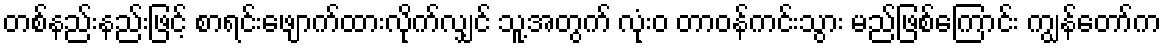
တစ်နည်းနည်းဖြင့် စာရင်းဖျောက်ထားလိုက်လျှင် သူ့အတွက် လုံးဝ တာဝန်ကင်းသွား မည်ဖြစ်ကြောင်း ကျွန်တော်က